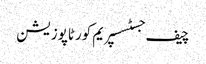
چیف جسٹسسپریم کورٹاپوزیشن